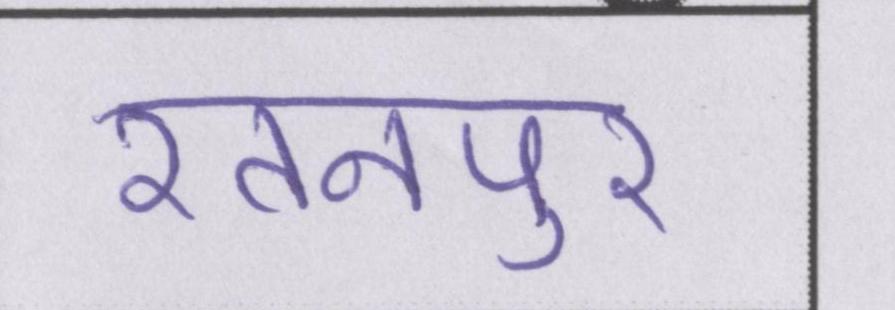
रतनपुर